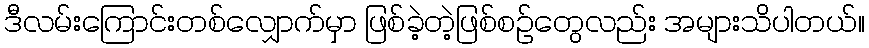
ဒီလမ်းကြောင်းတစ်လျှောက်မှာ ဖြစ်ခဲ့တဲ့ဖြစ်စဉ်တွေလည်း အများသိပါတယ်။